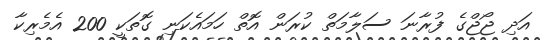
އަދި ޖޯޖްގެ ފުރާނަ ސަލާމަތް ކުރަން އޮތް ހަމައެކަނި ގޮތަކީ 200 އެމެރިކާ